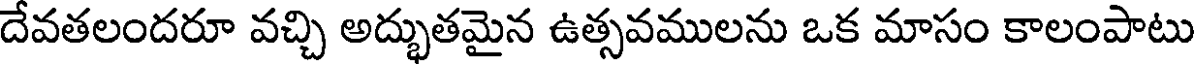
దేవతలందరూ వచ్చి అద్భుతమైన ఉత్సవములను ఒక మాసం కాలంపాటు